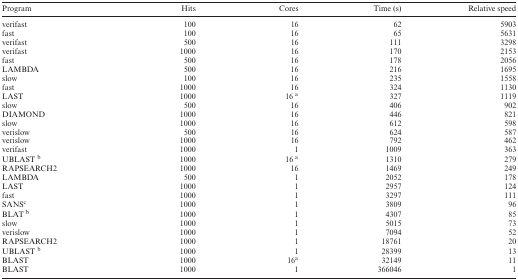
<table><thead><tr><td><b>Program</b></td><td><b>Hits</b></td><td><b>Cores</b></td><td><b>Time (s)</b></td><td><b>Relative speed</b></td></tr></thead><tbody><tr><td>verifast</td><td>100</td><td>16</td><td>62</td><td>5903</td></tr><tr><td>fast</td><td>100</td><td>16</td><td>65</td><td>5631</td></tr><tr><td>verifast</td><td>500</td><td>16</td><td>111</td><td>3298</td></tr><tr><td>verifast</td><td>1000</td><td>16</td><td>170</td><td>2153</td></tr><tr><td>fast</td><td>500</td><td>16</td><td>178</td><td>2056</td></tr><tr><td>LAMBDA</td><td>500</td><td>16</td><td>216</td><td>1695</td></tr><tr><td>slow</td><td>100</td><td>16</td><td>235</td><td>1558</td></tr><tr><td>fast</td><td>1000</td><td>16</td><td>324</td><td>1130</td></tr><tr><td>LAST</td><td>1000</td><td>16 <sup>a</sup></td><td>327</td><td>1119</td></tr><tr><td>slow</td><td>500</td><td>16</td><td>406</td><td>902</td></tr><tr><td>DIAMOND</td><td>1000</td><td>16</td><td>446</td><td>821</td></tr><tr><td>slow</td><td>1000</td><td>16</td><td>612</td><td>598</td></tr><tr><td>verislow</td><td>500</td><td>16</td><td>624</td><td>587</td></tr><tr><td>verislow</td><td>1000</td><td>16</td><td>792</td><td>462</td></tr><tr><td>verifast</td><td>1000</td><td>1</td><td>1009</td><td>363</td></tr><tr><td>UBLAST <sup>b</sup></td><td>1000</td><td>16 <sup>a</sup></td><td>1310</td><td>279</td></tr><tr><td>RAPSEARCH2</td><td>1000</td><td>16</td><td>1469</td><td>249</td></tr><tr><td>LAMBDA</td><td>500</td><td>1</td><td>2052</td><td>178</td></tr><tr><td>LAST</td><td>1000</td><td>1</td><td>2957</td><td>124</td></tr><tr><td>fast</td><td>1000</td><td>1</td><td>3297</td><td>111</td></tr><tr><td>SANS<sup>c</sup></td><td>1000</td><td>1</td><td>3809</td><td>96</td></tr><tr><td>BLAT <sup>b</sup></td><td>1000</td><td>1</td><td>4307</td><td>85</td></tr><tr><td>slow</td><td>1000</td><td>1</td><td>5015</td><td>73</td></tr><tr><td>verislow</td><td>1000</td><td>1</td><td>7094</td><td>52</td></tr><tr><td>RAPSEARCH2</td><td>1000</td><td>1</td><td>18761</td><td>20</td></tr><tr><td>UBLAST <sup>b</sup></td><td>1000</td><td>1</td><td>28399</td><td>13</td></tr><tr><td>BLAST</td><td>1000</td><td>16<sup>a</sup></td><td>32149</td><td>11</td></tr><tr><td>BLAST</td><td>1000</td><td>1</td><td>366046</td><td>1</td></tr></tbody></table>